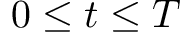
\; 0 \leq t \leq T